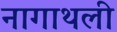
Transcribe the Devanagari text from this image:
नागाथली